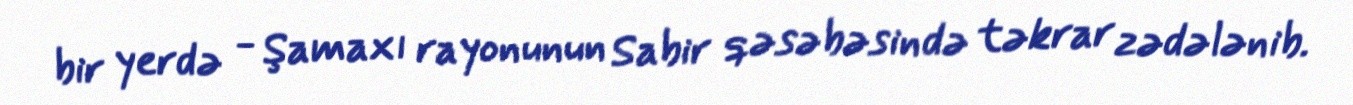
bir yerdə - Şamaxı rayonunun Sabir qəsəbəsində təkrar zədələnib.